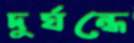
দুর্ঘন্ধে